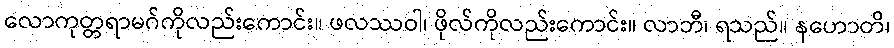
လောကုတ္တရာမဂ်ကိုလည်းကောင်း။ ဖလဿဝါ၊ ဖိုလ်ကိုလည်းကောင်း။ လာဘီ၊ ရသည်။ နဟောတိ၊